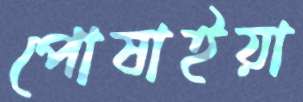
পোষাইয়া